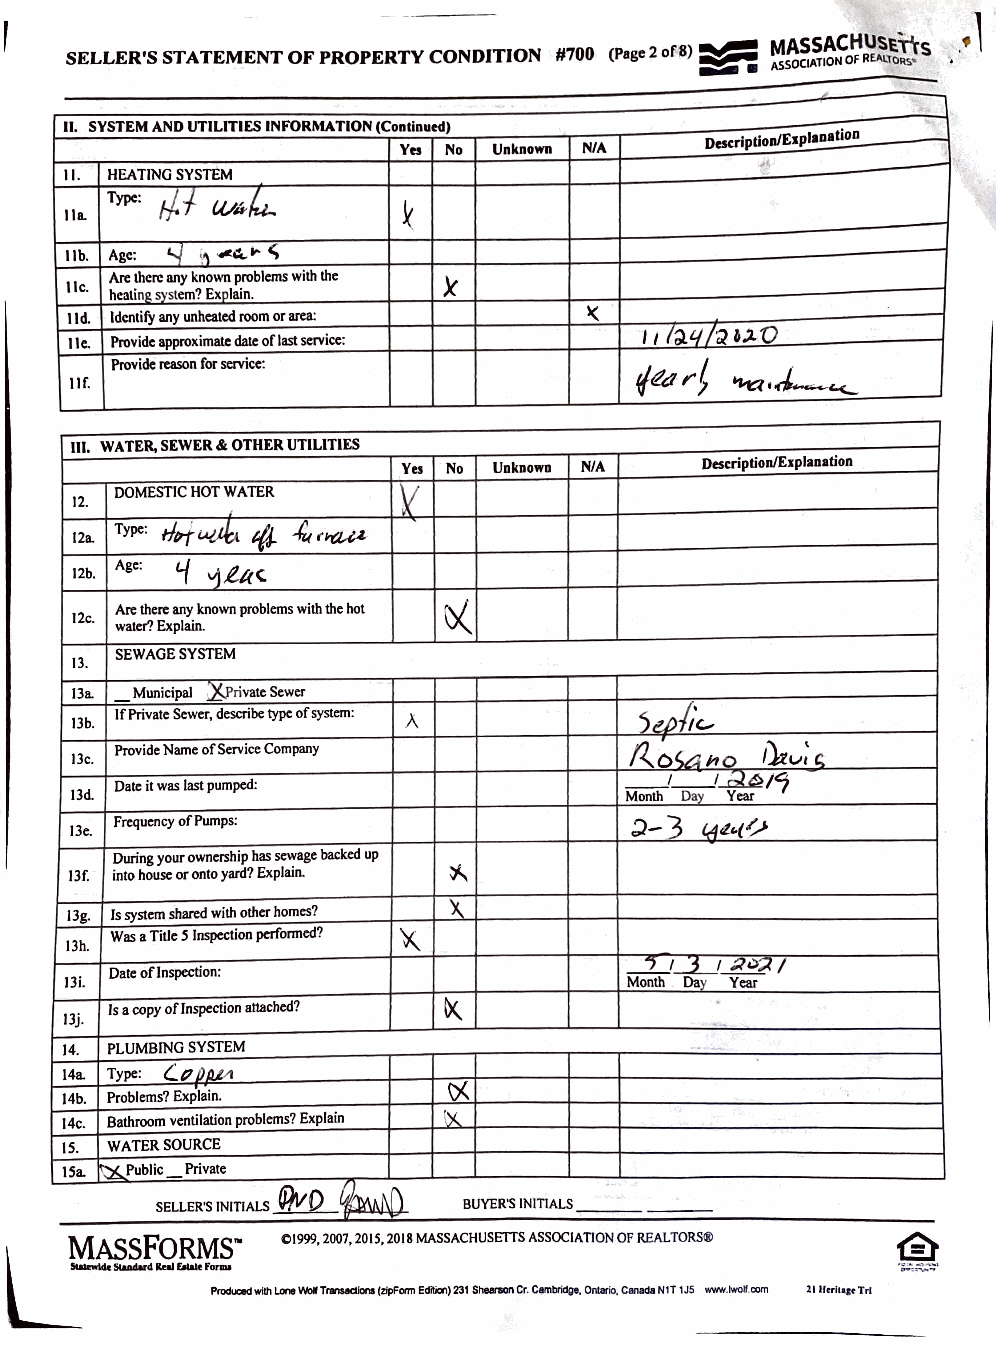
8,
 SELLER'S STATEMENT OF PROPERTY CONDITION #700 (Page 2 of -- MASSACHUSET\-s .•'
 ASSOCIATION OF REA1.1o~s•
 II. SYSTEM AND UTILITIES INFORMATION (Continued) ~·
 Description/Esplanation
 Yes No Unknown NIA
 '
 II. HEATING SYSTEM
 Type: I/.
 W/1-fu..     k
 I la.
 lib. Age: '-.J \'\ ~.:t."" <;
 Arc there any known problems with the x
 lie.
 hcatin11. svstem? Explain.
 lid. Identify any unheated room or area: I( , , la'I h u o
 lie. Provide approximalc date of last service:
 Provide reason for service:        f&l"t
 ~.J___'<-
 llf.
 111. WATER, SEWER & OTHER UTILITIES
 Yes No Unknown N/A Description/Esplanation
 V
 DOMESTIC HOT WATER
 12.
 4J. -'(~·
 Type: dtrf~
 i2a.
 12b. Age: 'i vj.luc
 Arc there any known problems with the hot
 12c.
 water? Explain.
 SEWAGE SYSTEM
 13.
 i3a. Municipal J()'rivate Sewer
 if Private Sewer, describe type of system: 5w/,'c.,
 13b.                  A
 Provide Name of Service Company   /Zov:.no f'1v;
 13c.                                             C
 _,_,~/7
 Date it was last pumped:
 13d.                                Month Dav Year
 13e.
 Frequency of Pumps:               .?-3
 (Ab{'/
 During your ownership has sewage backed up
 13f. into house or onto yard? Explain. t,..,
 X.
 13g. ls system shared with other homes?
 Was a Title S Inspection performed? X
 13h.
 _2_J_J_J ::,~ I
 Date oflnspcction:
 13i.                                  Month Day Year
 is a copy of Inspection attached? tx
 13j.                                        -
 14. PLUMBING SYSTEM
 14a. Type: (_p/JIU,1
 (.)(
 14b. Problems? Explain.
 14c. Bathroom ventilation problems? Explain \X
 IS. WATER SOURCE
 !Sa. ~Public Private
 SELLER'S INITIALS U,VQ ~Ai\('\ BUYER'S INITIALS
 "
 L
 ASSFORMS'"   01999, 2007,2015,2018 MASSACHUSETTS ASSOCIATION OF REALTORS®
 SlaDdard laJ r.lale Fonm
 Prod.ad will\ Lone WoJI TfWIS8dlcrw (zipForm Edition) 231 Shanon Cr Cambridge, Ontario, Canada N1T 1J5 www.Jwolf.com 21 llnlca1rTrt